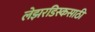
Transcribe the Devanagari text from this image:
लेझरडिस्कसाठी